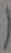
(